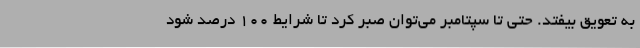
به تعویق بیفتد. حتی تا سپتامبر می‌توان صبر کرد تا شرایط 100 درصد شود